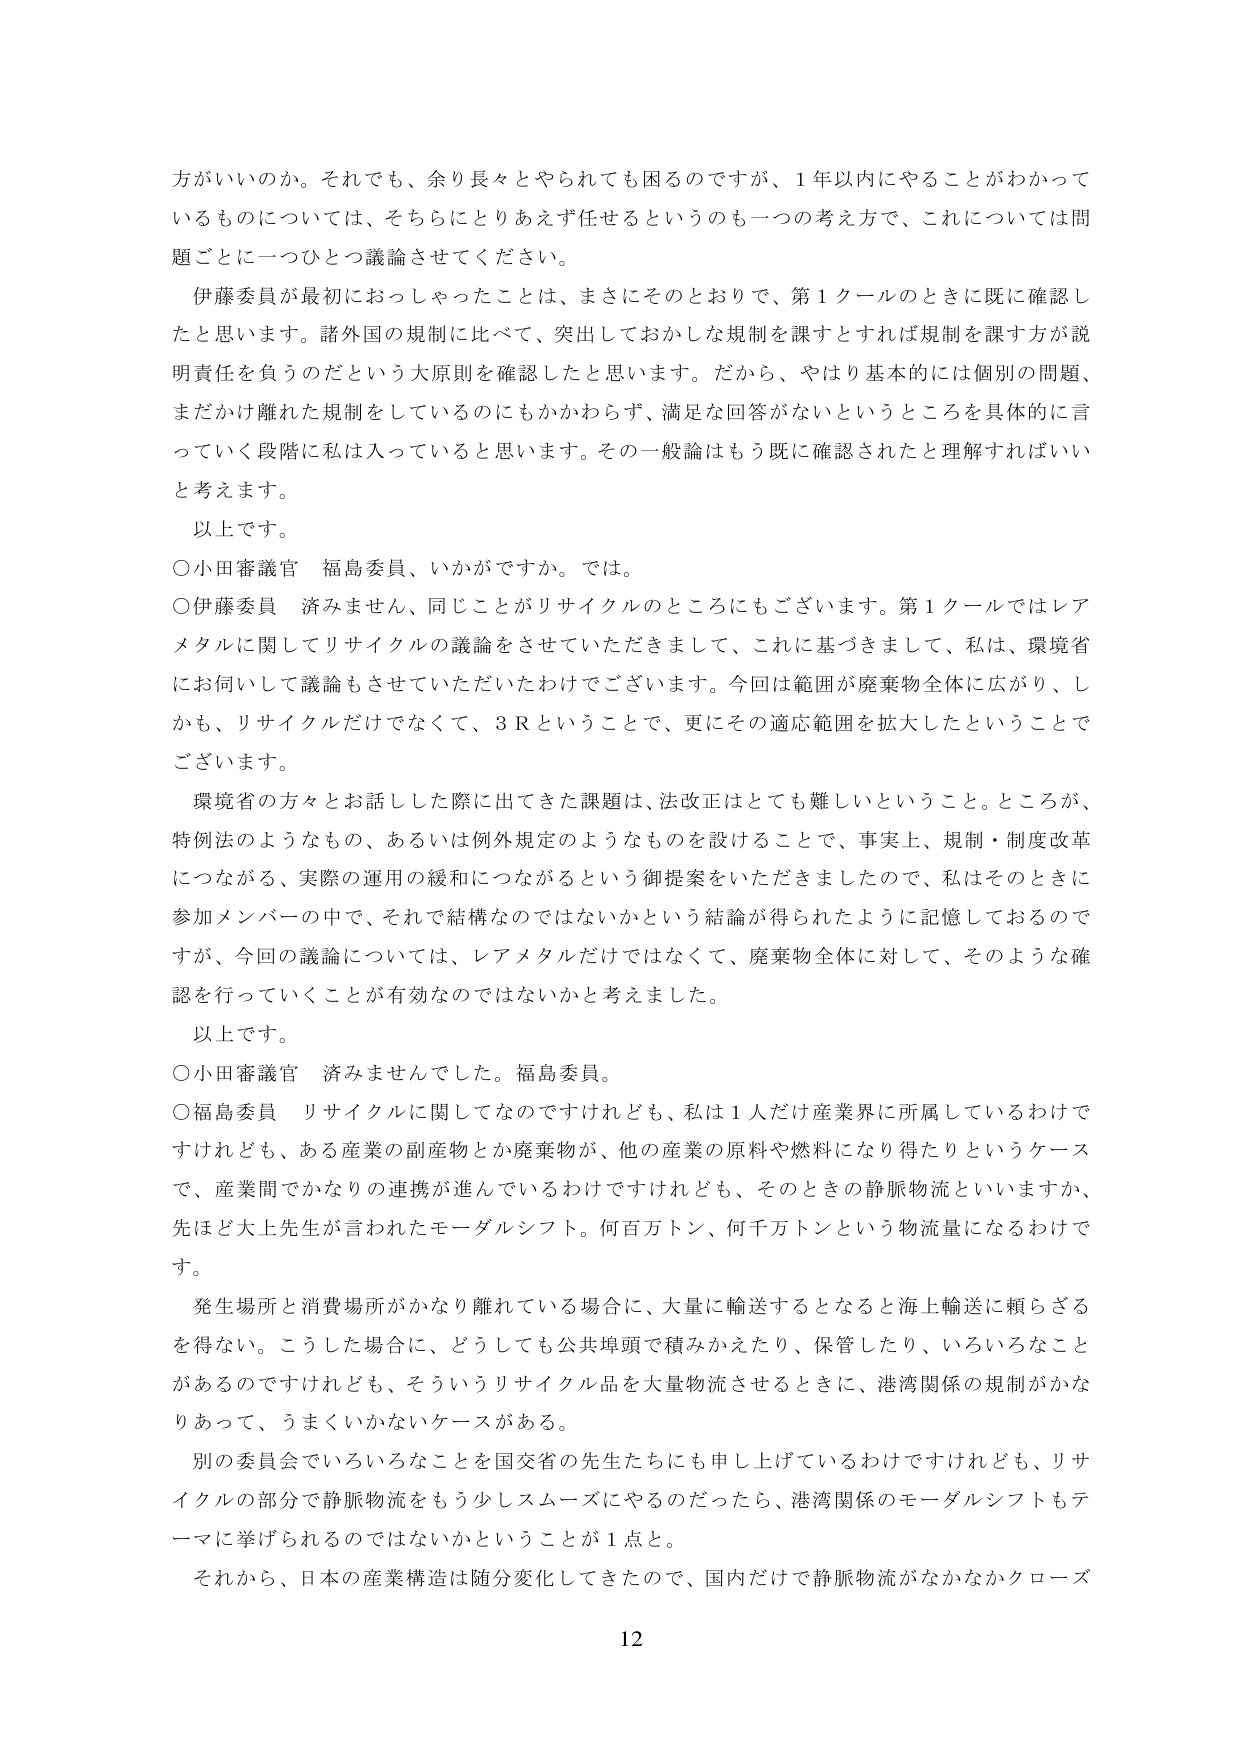
方がいいのか。それでも、余り長々とやられても困のですが、1年以内にやることがわかっているものについては、そちらにとりあえず任せるというのも一つの考え方で、これについては問題ごとに一つひとつ議論させてください。

伊藤委員が最初におっしゃったことは、まさにそのとおりで、第1クールのときに既に確認したと思います。諸外国の規制に比べて、突出しておかしな規制を課すとすれば規制を課す方が説明責任を負うのだという大原則を確認したと思います。だから、やはり基本的には個別の問題、まだかけ離れた規制をしているのにもかかわらず、満足な回答がないというところを具体的に言っていく段階に私は入っていると思います。その一般論はもう既に確認されたと理解すればいいと考えます。

以上です。

○小田審議官 福島委員、いかがですか。では。

○伊藤委員 済みません、同じことがリサイクルのところにもございます。第1クールではレアメタルに関してリサイクルの議論をさせていただきまして、これに基づきまして、私は、環境省にお伺いして議論もさせていただいたわけでございます。今回は範囲が廃棄物全体に広がり、しかも、リサイクルだけでなく、3Rということで、更にその適応範囲を拡大したということでございます。

環境省の方々とお話した際に出てきた課題は、法改正はとても難しいということ。ところが、特例法のようなもの、あるいは例外規定のようなものを設けることで、事実上、規制・制度改革につながる、実際の運用の緩和につながるという御提案をいただきましたので、私はそのときに参加メンバーの中で、それで結構なのではないかという結論が得られたように記憶しておりますが、今回の議論については、レアメタルだけではなくて、廃棄物全体に対して、そのような確認を行っていくことが有効なのではないかと考えました。

以上です。

○小田審議官 済みませんでした。福島委員。

○福島委員 リサイクルに関してなのですが、私は1人だけ産業界に所属しているわけですが、ある産業の副産物とか廃棄物が、他の産業の原料や燃料になり得たりというケースで、産業間でかなりの連携が進んでいるわけですが、そのときの静脈物流といいますか、先ほど大上先生が言われたモーダルシフト。何百万トン、何千万トンという物流量になるわけです。

発生場所と消費場所がかなり離れている場合に、大量に輸送するとなると海上輸送に頼らざるを得ない。こうした場合に、どうしても公共埠頭で積みかえたり、保管したり、いろいろなことがあるのですが、そういうリサイクル品を大量物流させるときに、港湾関係の規制がかなりあって、うまくいかないケースがある。

別の委員会でいろいろなことを国交省の先生たちにも申し上げているわけですが、リサイクルの部分で静脈物流をもう少しスムーズにやるのだったら、港湾関係のモーダルシフトもテーマに挙げられるのではないかということが1点と。

それから、日本の産業構造は随分変化してきたので、国内だけで静脈物流がなかなかクローズ

12